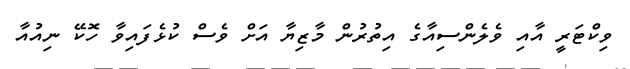
ވިކްޓަރީ އާއި ވެލެންސިއާގެ އިތުރުން މާޒިޔާ އަށް ވެސް ކުޅެފައިވާ ހޮކޭ ނިއުއާ